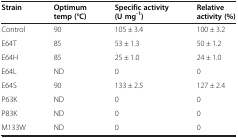
<table><thead><tr><td><b>Strain</b></td><td><b>Optimum temp (°C)</b></td><td><b>Specific activity (U mg<sup>-1</sup>)</b></td><td><b>Relative activity (%)</b></td></tr></thead><tbody><tr><td>Control</td><td>90</td><td>105 ± 3.4</td><td>100 ± 3.2</td></tr><tr><td>E64T</td><td>85</td><td>53 ± 1.3</td><td>50 ± 1.2</td></tr><tr><td>E64H</td><td>85</td><td>25 ± 1.0</td><td>24 ± 1.0</td></tr><tr><td>E64L</td><td>ND</td><td>0</td><td>0</td></tr><tr><td>E64S</td><td>90</td><td>133 ± 2.5</td><td>127 ± 2.4</td></tr><tr><td>P63K</td><td>ND</td><td>0</td><td>0</td></tr><tr><td>P83K</td><td>ND</td><td>0</td><td>0</td></tr><tr><td>M133W</td><td>ND</td><td>0</td><td>0</td></tr></tbody></table>